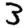
Digit: 3